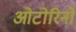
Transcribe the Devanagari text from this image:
ओटोरिनो